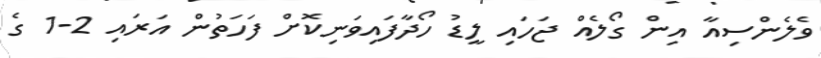
ވެލެންސިއާ އިން ގޯލެއް ޖަހައި ލީޑު ހޯދާފައިވަނިކޮށް ފަހަތުން އަރައި 2-1 ގެ